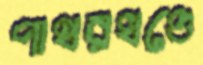
পাথরখণ্ডে